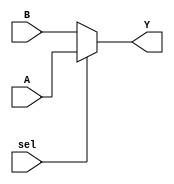
module conditional_assignment (
    input wire A,        // First input signal
    input wire B,        // Second input signal
    input wire sel,      // Control signal
    output wire Y        // Output net
);

// Continuous assignment using the ternary operator
assign Y = sel ? A : B;

endmodule